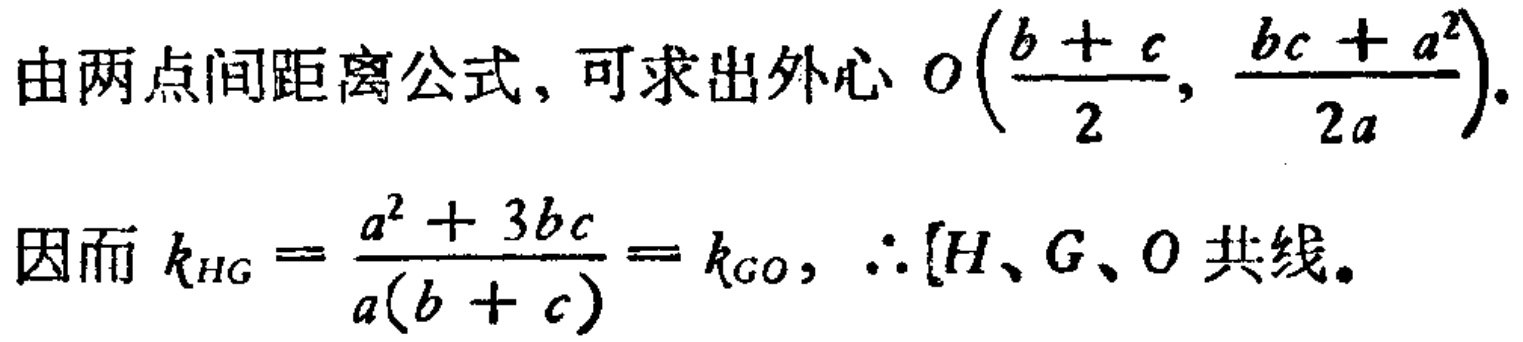
由两点间距离公式, 可求出外心 \(O(\frac{b + c}{2}, \frac{bc + a^{2}}{2a})\).
因而 \(k_{HG}=\frac{a^{2} + 3bc}{a(b + c)}=k_{GO},\therefore [H、G、O\) 共线。